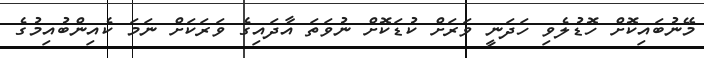
މޭނުބައިކޮށް ހޮޑުލެވި ހަދަނީ ވަރަށް ކުޑަކޮށް ނުވަތަ އާދައިގެ ވަރަކަށް ނަމަ ކެއިންބުއިމުގެ